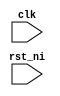
module ex_mem_stage (
    input wire clk,
    input wire rst_ni
);
    
endmodule